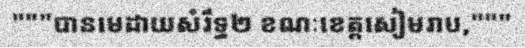
"""បានមេដាយសំរឹទ្ធ២ ខណៈខេត្តសៀមរាប,"""